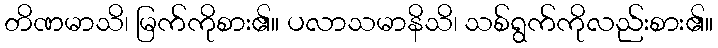
တိဏမာသိ၊ မြက်ကိုစား၏။ ပလာသမာနိသိ၊ သစ်ရွက်ကိုလည်းစား၏။